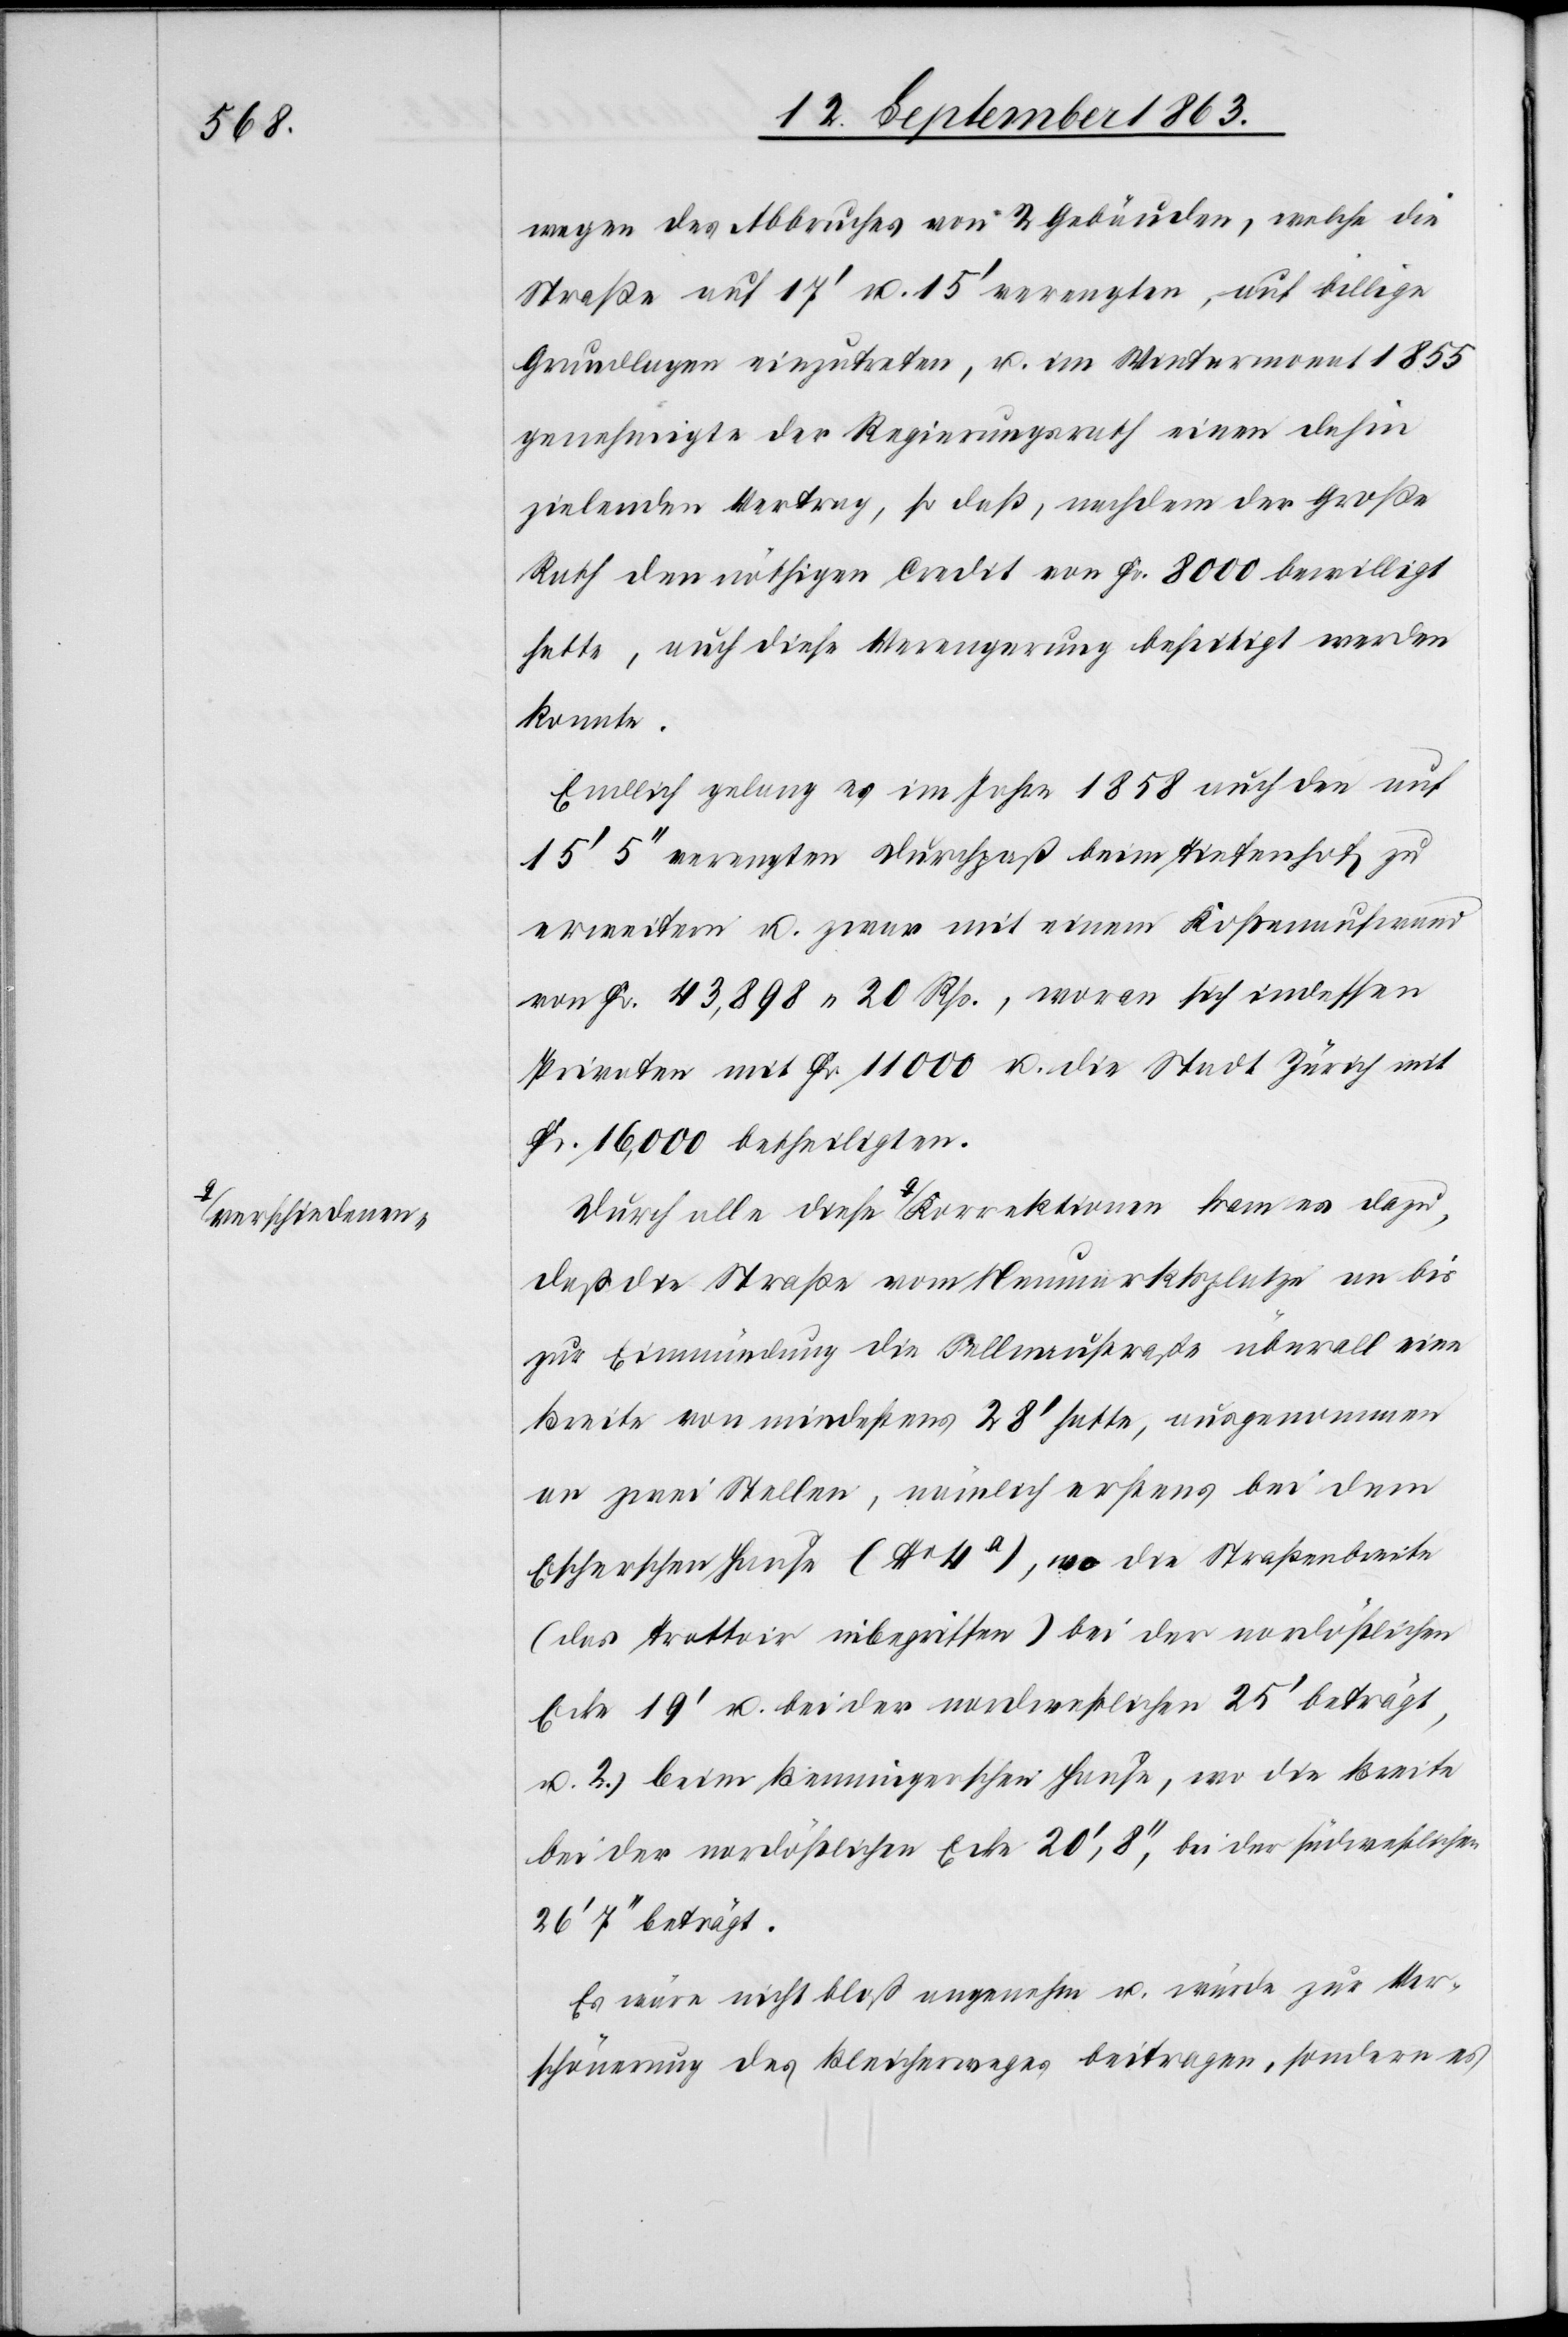
a-verschiedenen-a

wegen des Abbruches von 2 Gebäuden, welche die
Straße auf 17' u. 15' verengten, auf billige
Grundlagen einzutreten, u. im Wintermonat 1855
genehmigte der Regierungsrath einen dahin
zielenden Vertrag, so daß, nachdem der Große
Rath den nöthigen Credit von Fr. 8000 bewilligt
hatte, auch diese Verengerung beseitigt werden
konnte.
Endlich gelang es im Jahre 1858 auch den auf
15' 5'' verengten Durchpaß beim Tiefenhof zu
erweitern u. zwar mit einem Kostenaufwand
von Fr. 43,898. 20 Rp., woran sich indessen
Privaten mit Fr. 11 000 u. die Stadt Zürich mit
Fr. 16,000 betheiligten.
daß die Straße vom Neumarktsplatze an bis
zur Einmündung die Sellnaustraße überall eine
Breite von mindestens 28' hatte, ausgenommen
an zwei Stellen, nämlich erstens bei dem
Escherschen Hause (No 4a), wo die Straßenbreite
(das Trottoir inbegriffen) bei der nordöstlichen
Ecke 19' u. bei der nordwestlichen 25' beträgt,
u. 2.) beim Benningerschen Hause, wo die Breite
bei der nordöstlichen Ecke 20', 8'', bei der südwestlichen
26' 7'' beträgt.
Es wäre nicht bloß angenehm u. würde zur Ver¬
schönerung des Bleicherweges beitragen, sondern es